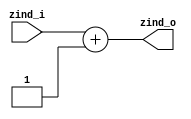
/******************************************************************
*Module name : zind_ADD
*Type        : Verilog Module
*
*Description : z indexes adder
*------------------------------------------------------------------
*	clocks    : none
*	reset		 : none
* 
*Parameters  : none
*
******************************************************************/

module zind_ADD(
	input [5:0] zind_i,
	
	output [5:0] zind_o);
	
assign zind_o = zind_i + 6'b000001;

endmodule